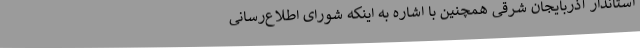
استاندار آذربایجان شرقی همچنین با اشاره به اینکه شورای اطلاع‌رسانی